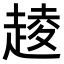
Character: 𧼔